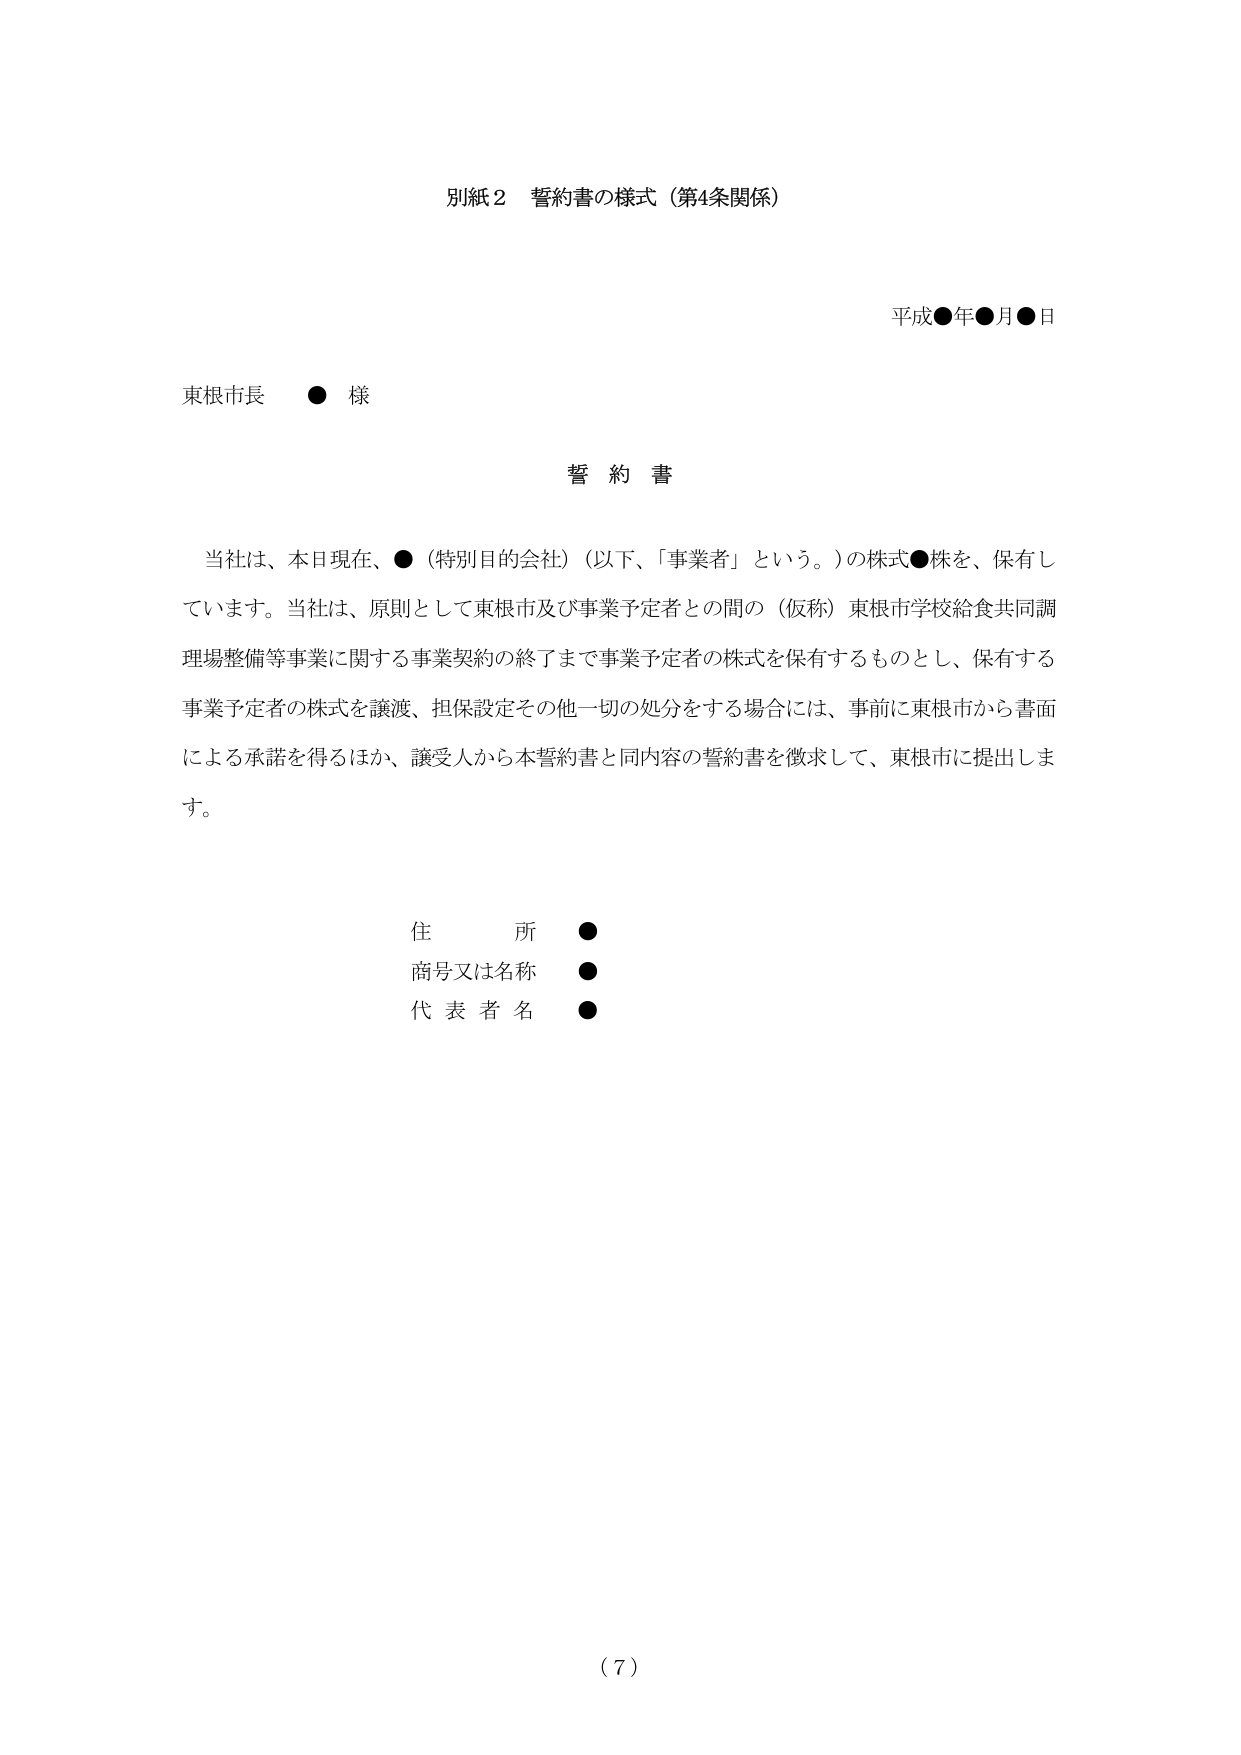
別紙２ 誓約書の様式（第4条関係）

平成●年●月●日

東根市長 ● 様

誓 約 書

当社は、本日現在、●（特別目的会社）（以下、「事業者」という。）の株式●株を、保有しています。当社は、原則として東根市及び事業予定者との間の（仮称）東根市学校給食共同調理場整備等事業に関する事業契約の終了まで事業予定者の株式を保有するものとし、保有する事業予定者の株式を譲渡、担保設定その他一切の処分をする場合には、事前に東根市から書面による承諾を得るほか、譲受人から本誓約書と同内容の誓約書を徴求して、東根市に提出します。

住 所 ●
商号又は名称 ●
代 表 者 名 ●

（７）